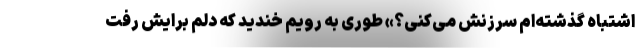
اشتباه گذشته‌ام سرزنش می‌کنی؟» طوری به رویم خندید که دلم برایش رفت